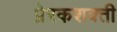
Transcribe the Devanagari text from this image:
प्रेरकशक्ती